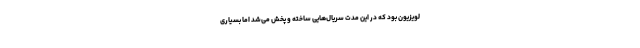
لویزیون بود که در این مدت سریال‌هایی ساخته و پخش می‌شد اما بسیاری